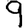
Digit: 9